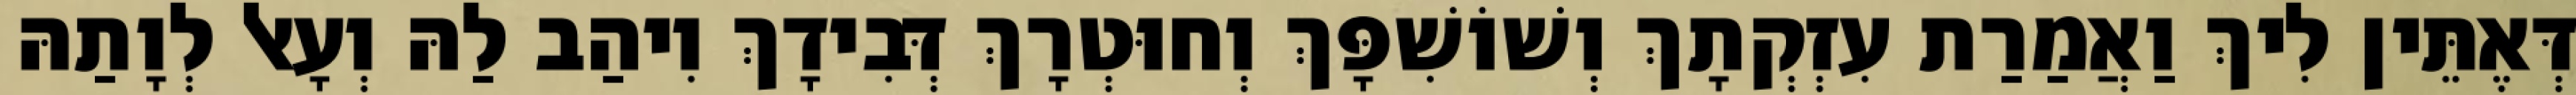
דְּאֶתֵּין לִיךְ וַאֲמַרַת עִזְקְתָךְ וְשׁוֹשִׁפָּךְ וְחוּטְרָךְ דְּבִידָךְ וִיהַב לַהּ וְעָאל לְוָתַהּ